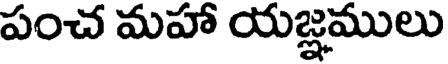
పంచ మహా యజ్ఞములు